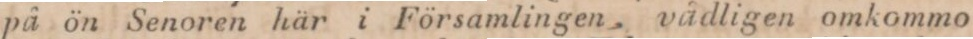
på ön Senoren här i Församlingen, vådligen omkommo